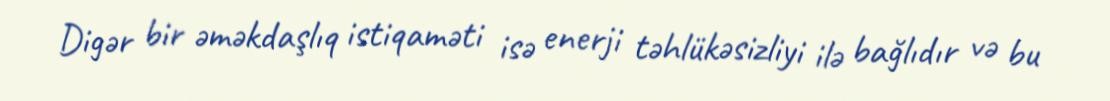
Digər bir əməkdaşlıq istiqaməti isə enerji təhlükəsizliyi ilə bağlıdır və bu